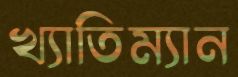
খ্যাতিম্যান